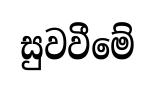
සුවවීමේ